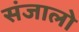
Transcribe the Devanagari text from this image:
संजालो